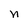
Character: n